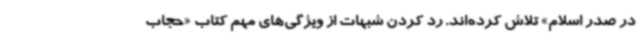
در صدر اسلام» تلاش کرده‌اند. رد کردن شبهات از ویژگی‌های مهم کتاب «حجاب